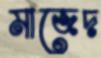
মাজেদ